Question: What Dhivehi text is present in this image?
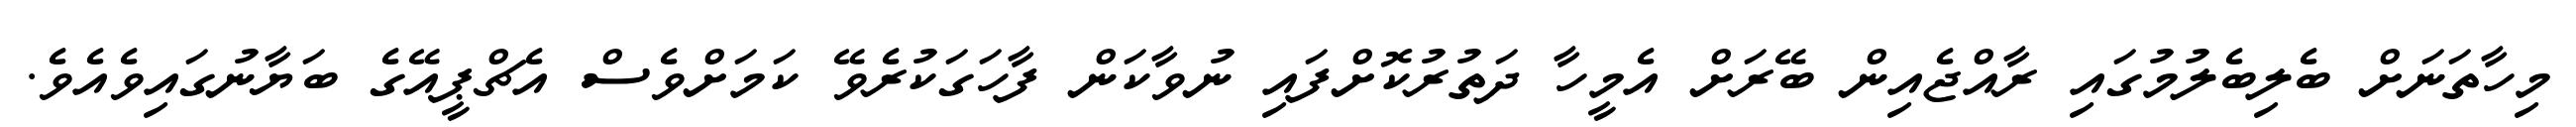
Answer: މިހާތަނަށް ބެލިބެލުމުގައި ރާއްޖެއިން ބޭރަށް އެމީހާ ދަތުރުކޮށްފައި ނުވާކަން ފާހަގަކުރެވޭ ކަމަށްވެސް އެޗްޕީއޭގެ ބަޔާނުގައިވެއެވެ.